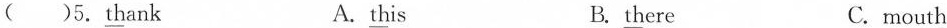
( )5. Thank A. this B. there C.mouth